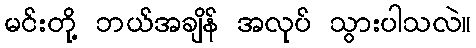
မင်းတို့ ဘယ်အချိန် အလုပ် သွားပါသလဲ။